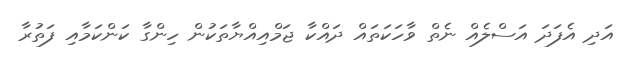
އަދި އެފަދަ އަސްލެއް ނެތް ވާހަކަތައް ދައްކާ ޖަމްއިއްޔާތަކުން ހިންގާ ކަންކަމާއި ފަތުރާ